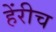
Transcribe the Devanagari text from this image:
हेंरीच